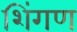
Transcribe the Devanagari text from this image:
शिंगण